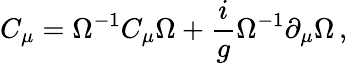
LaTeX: C_{\mu}=\Omega^{-1}C_{\mu}\Omega+{\frac{i}{g}}\Omega^{-1}\partial_{\mu}\Omega\, ,